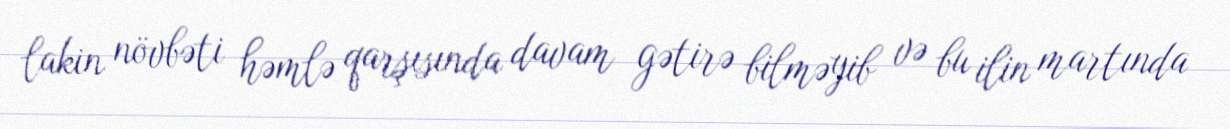
lakin növbəti həmlə qarşısında davam gətirə bilməyib və bu ilin martında